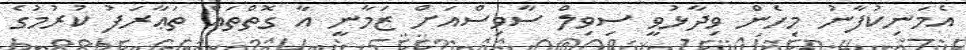
އެމަނިކުފާނު މިހެން ވިދާޅުވީ ސިވިލް ސާވިސްއަށް ޒަމާނީ އާ ގޮތްތައް ތަޢާރަފު ކުރުމުގެ